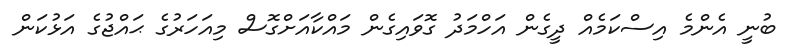
ބުނީ އެންމެ އިސްކަމެއް ދީގެން އަހްމަދު ގޮވައިގެން މައްކާއަށްގޮސް މިއަހަރުގެ ޙައްޖުގެ އަޅުކަން